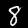
Digit: 8